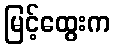
မြင့်ထွေးက